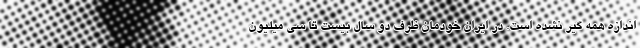
اندازه همه گیر نشده است. در ایران خودمان ظرف دو سال بیست تا سی میلیون